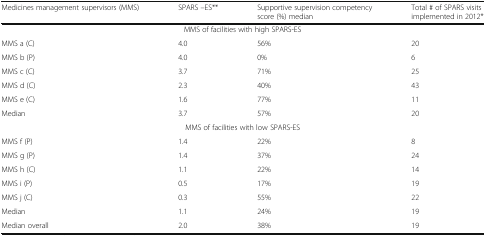
<table><thead><tr><td><b>Medicines management supervisors (MMS)</b></td><td><b>SPARS –ES**</b></td><td><b>Supportive supervision competency score (%) median</b></td><td><b>Total # of SPARS visits implemented in 2012*</b></td></tr></thead><tbody><tr><td colspan="4">MMS of facilities with high SPARS-ES</td></tr><tr><td>MMS a (C)</td><td>4.0</td><td>56%</td><td>20</td></tr><tr><td>MMS b (P)</td><td>4.0</td><td>0%</td><td>6</td></tr><tr><td>MMS c (C)</td><td>3.7</td><td>71%</td><td>25</td></tr><tr><td>MMS d (C)</td><td>2.3</td><td>40%</td><td>43</td></tr><tr><td>MMS e (C)</td><td>1.6</td><td>77%</td><td>11</td></tr><tr><td>Median</td><td>3.7</td><td>57%</td><td>20</td></tr><tr><td colspan="4">MMS of facilities with low SPARS-ES</td></tr><tr><td>MMS f (P)</td><td>1.4</td><td>22%</td><td>8</td></tr><tr><td>MMS g (P)</td><td>1.4</td><td>37%</td><td>24</td></tr><tr><td>MMS h (C)</td><td>1.1</td><td>22%</td><td>14</td></tr><tr><td>MMS i (P)</td><td>0.5</td><td>17%</td><td>19</td></tr><tr><td>MMS j (C)</td><td>0.3</td><td>55%</td><td>22</td></tr><tr><td>Median</td><td>1.1</td><td>24%</td><td>19</td></tr><tr><td>Median overall</td><td>2.0</td><td>38%</td><td>19</td></tr></tbody></table>